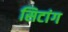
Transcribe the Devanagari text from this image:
सिटांग